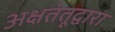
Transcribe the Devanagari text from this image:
अक्षतंतूद्वारा